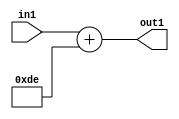
`timescale 1ps / 1ps
/*****************************************************************************
    Verilog RTL Description
    
    
    Created by: Stratus DpOpt 2019.1.01 
*******************************************************************************/

module DC_Filter_Add_12U_45_1 (
	in1,
	out1
	); /* architecture "behavioural" */ 
input [11:0] in1;
output [11:0] out1;
wire [11:0] asc001;

assign asc001 = 
	+(in1)
	+(12'B000011011110);

assign out1 = asc001;
endmodule

/* CADENCE  urj5TAo= : u9/ySgnWtBlWxVPRXgAZ4Og= ** DO NOT EDIT THIS LINE ******/